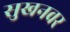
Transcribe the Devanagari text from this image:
सुखनवर